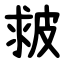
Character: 皳